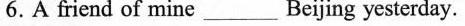
6.A friend of mine ___Beijing yestoday.